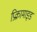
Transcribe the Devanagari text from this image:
प्रिक्रामाइड